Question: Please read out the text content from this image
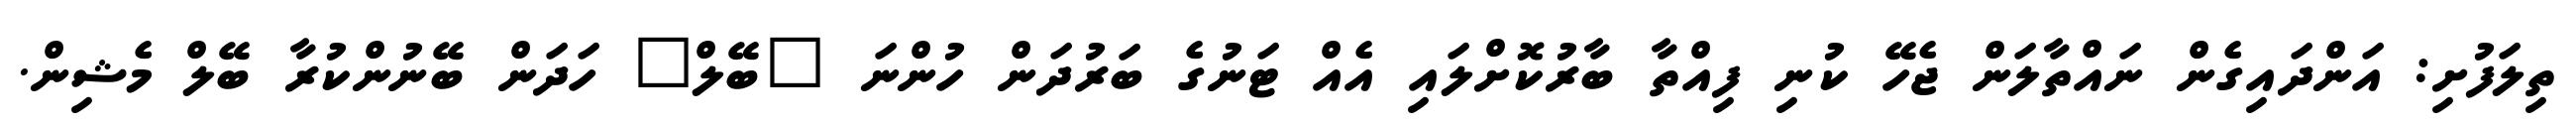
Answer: ތިލަފުށި: އަންދައިގެން ނައްތާލަން ޖެހޭ ކުނި ފިއްތާ ބާރުކޮށްލައި އެއް ޓަނުގެ ބަރުދަން ހުންނަ "ބޭލް" ހަދަން ބޭނުންކުރާ ބޭލް މެޝިން.